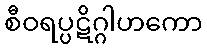
စီဝရပ္ပဋိဂ္ဂါဟကော